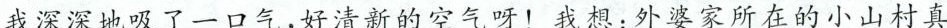
我深深地吸了一口气，好清新的空气呀！我想：外婆家所在的小山村真